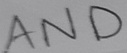
Text: AND